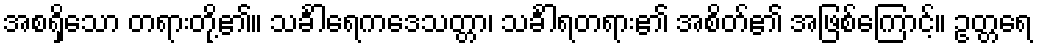
အစရှိသော တရားတို့၏။ သင်္ခါရေကဒေသတ္တာ၊ သင်္ခါရတရား၏ အစိတ်၏ အဖြစ်ကြောင့်။ ဥတ္တရေ